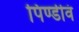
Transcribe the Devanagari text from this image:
पिण्डीवं